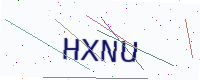
Text: HXNU